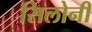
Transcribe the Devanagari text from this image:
सिलोनी